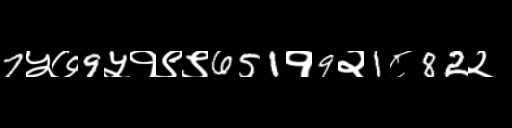
Text: 7५७9५१९९651१9२1८82२